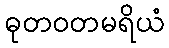
ဓုတဝတမရိယံ